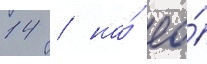
14 / на́ ео́